system: You are a helpful assistant.
user:
Analyze the provided spectrum to determine if it is a **Carbon Star (C-type)**.

- **Key Visual Indicators of Carbon Star:**
    - **(Primary):** Strong molecular absorption from **C₂ (diatomic carbon) "Swan Bands."** This is the **defining feature** of a carbon star.
        - **(Key Bandheads):** Sharp absorption edges are visible at approximately $5635$ Å, $5165$ Å (the strongest band), and $4737$ Å.
        - **(Line Profile):** Creates a distinct **"saw-tooth"** pattern. The key morphology is a sharp, steep bandhead on the **red (long-wavelength) side**, which then gradually tapers off (i.e., flux recovers) towards the **blue (short-wavelength) side**. *(This is the direct opposite of the TiO bands seen in M-type stars)*.

    - **(Secondary):** Intense **CN (cyanogen)** molecular absorption bands.
        - **(Key Bandheads):** Located in the blue and violet regions of the spectrum (e.g., near $4215$ Å and $3883$ Å).
        - **(Morphology):** These bands are extremely broad and act as a "blanket," absorbing the vast majority of blue and violet light. This creates a characteristic **"cliff"** or **"steep drop-off"** in the spectrum's flux at short wavelengths.

    - **(Key Confirmation):** Strong **CH absorption band (G-band)**.
        - **(Key Bandhead):** Located around $4300$ Å. The contribution from CH molecules to this band is exceptionally strong.

    - **(Overall Spectrum):**
        - The continuum is severely "chopped up" by these deep molecular bands, especially C₂, rather than appearing as a smooth curve.
        - Due to the heavy CN and C₂ absorption in the blue-green, the vast majority of the star's flux is concentrated in the red part of the spectrum, giving the star its characteristic deep red color.

Think first, call **spectral_visualization_tool** if needed to examine features in detail, then provide your final answer. Your response must adhere to the following strict rules:
1.  **Overall Structure:** Your response must follow the format `<think>...</think> <tool_call>...</tool_call> (if a tool is used) <answer>...</answer>`.
2.  **Tool Usage Constraint:** You may only make **one** tool call per turn.
3.  **Final Answer Format:** In the `<answer>` tag, your conclusion must be inside a `\boxed{}` command (e.g., `\boxed{YES}`), followed by your justification.

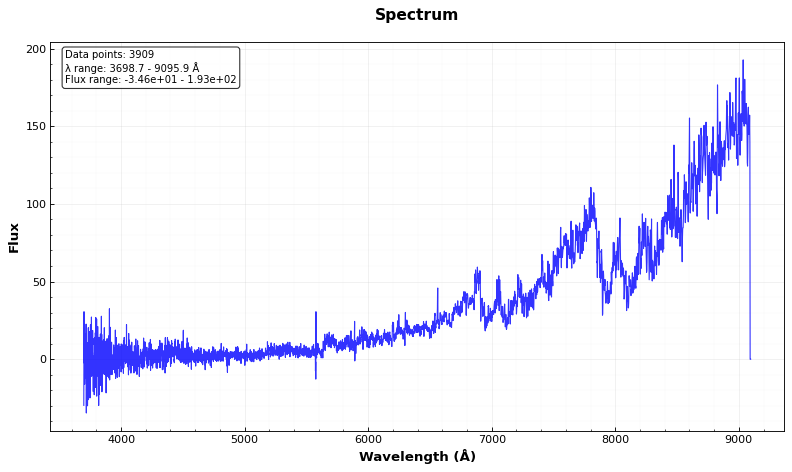
Answer: YES